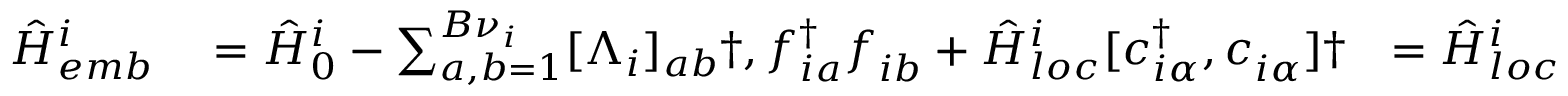
\begin{array} { r l r l } { \hat { H } _ { e m b } ^ { i } } & { { } = \hat { H } _ { 0 } ^ { i } - \sum _ { a , b = 1 } ^ { { B } \nu _ { i } } [ \Lambda _ { i } ] _ { a b } \dag , f _ { i a } ^ { \dagger } f _ { i b } ^ { \phantom { \dagger } } + \hat { H } _ { l o c } ^ { i } [ c _ { i \alpha } ^ { \dagger } , c _ { i \alpha } ^ { \phantom { \dagger } } ] \dag } & { = \hat { H } _ { l o c } ^ { i } [ c _ { i \alpha } ^ { \dagger } , c _ { i \alpha } ^ { \phantom { \dagger } } ] - \sum _ { a , b = 1 } ^ { B \nu _ { i } } [ \Lambda _ { i } ^ { c } ] _ { a b } \dag , b _ { i a } ^ { \dagger } b _ { i b } ^ { \phantom { \dagger } } \dag } & { { } + \sum _ { a = 1 } ^ { B { \nu } _ { i } } \sum _ { \alpha = 1 } ^ { \nu _ { i } } \left( \left[ \mathcal { D } _ { i } \right] _ { b \alpha } \dag , c _ { i \alpha } ^ { \dagger } b _ { i b } ^ { \phantom { \dagger } } + \mathrm { ~ H ~ . ~ c ~ . ~ } \right) \dag , , } \end{array}